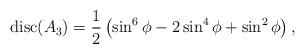
LaTeX: \begin{align*}\mathrm{disc}(A_3) = \frac{1}{2} \left(\sin ^6 \phi - 2 \sin ^4 \phi + \sin^2 \phi \right),\end{align*}